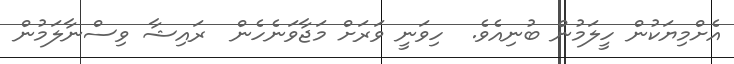
އެށްމިޔަކުން ހީލަމުން ބުނިއެވެ.  ހިވަނީ ވަރަށް މަޖާވަނެހެން  ރައިޝާ ވިސްނާލަމުން